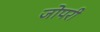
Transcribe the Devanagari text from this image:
जोपरी